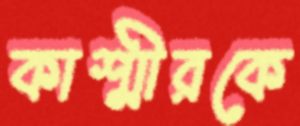
কাশ্মীরকে